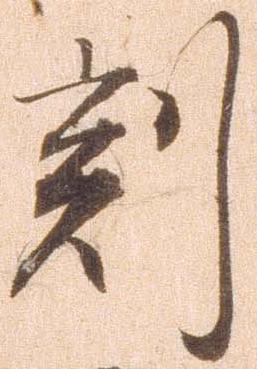
刻